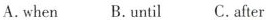
A.when B.Until C.After